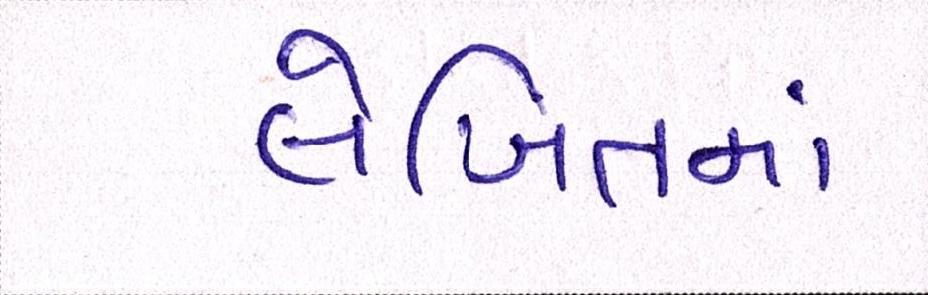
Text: લેખિતમાં